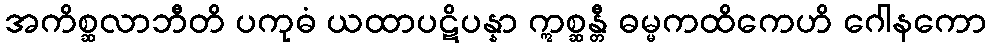
အကိစ္ဆလာဘီတိ ပကုဓံ ယထာပဋိပန္နာ ဣစ္ဆန္တီ ဓမ္မကထိကေဟိ ဂေါနကော